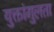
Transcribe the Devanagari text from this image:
युक्तांगुलता